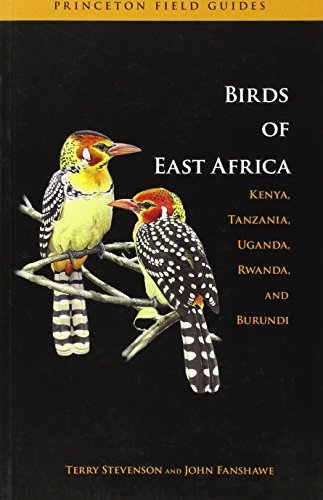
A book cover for The Birds of East Africa: Kenya, Tanzania, Uganda, Rwanda, Burundi (Princeton Field Guides); Terry Stevenson; Science & Math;